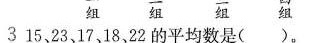
3 15， 23 ，17 ，18， 22的平均数是( )。